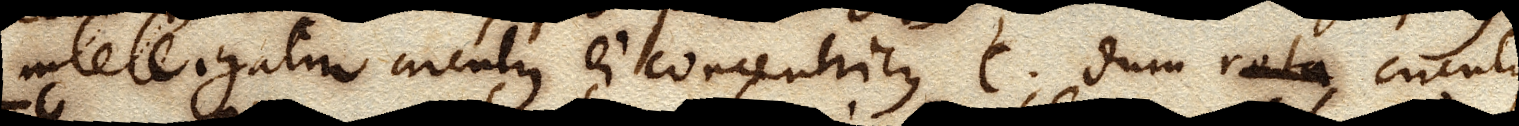
intelligatur circulus ei concentricus C; dum rota circulus